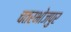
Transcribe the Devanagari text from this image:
चतरभोजपुर